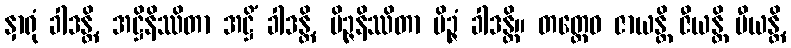
နှာရုံ ခါဒန္တိ, အဋ္ဌိနိဿိတာ အဋ္ဌိံ ခါဒန္တိ, မိဉ္ဇနိဿိတာ မိဉ္ဇံ ခါဒန္တိ။ တတ္ထေဝ ဇာယန္တိ ဇီယန္တိ မီယန္တိ,